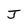
Character: J